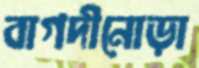
বাগদীনোড়া